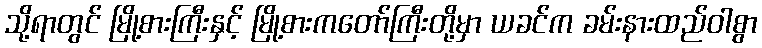
သို့ရာတွင် မြို့စားကြီးနှင့် မြို့စားကတော်ကြီးတို့မှာ ယခင်က ခမ်းနားထည်ဝါစွာ